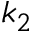
k _ { 2 }